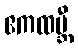
ဧကထမ္ဘီ